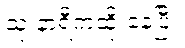
သုံးနာရီကထိုးနေပြီ။